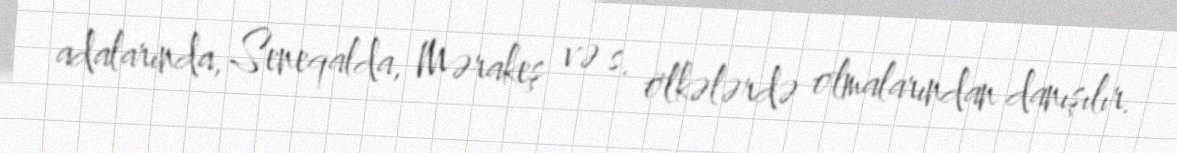
adalarında, Seneqalda, Mərakeş və s. ölkələrdə olmalarından danışılır.